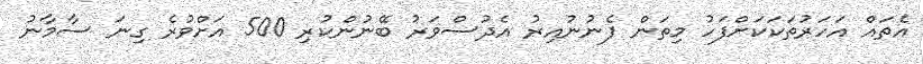
އެތައް އަހަރުތަކަކަށްފަހު މިތަން ފެނުނުއިރު އެދުސްވަރު ބޭނުންކުރި 500 އަށްވުރެ ގިނަ ސާމާނު